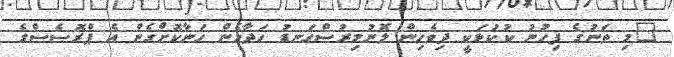
"މި ތަނުގެ ފިހުނު ކުކުޅަކީ ދިވެހިން ލޮނުމިރުސްގަނޑު ހަދާހެން ހަނާކޮށްގެން އެ ޕްރޮސެސްގެ